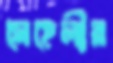
সেহেলীর